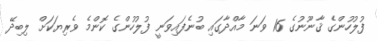
ފުލުހުންގެ ޤާނޫނުގެ 16 ވަނަ މާއްދާގައި ބުނެފައިވަނީ ފުލުހުންގެ ކޮންމެ ވެރިޔަކަށް ލިބިދޭ